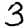
Digit: 3